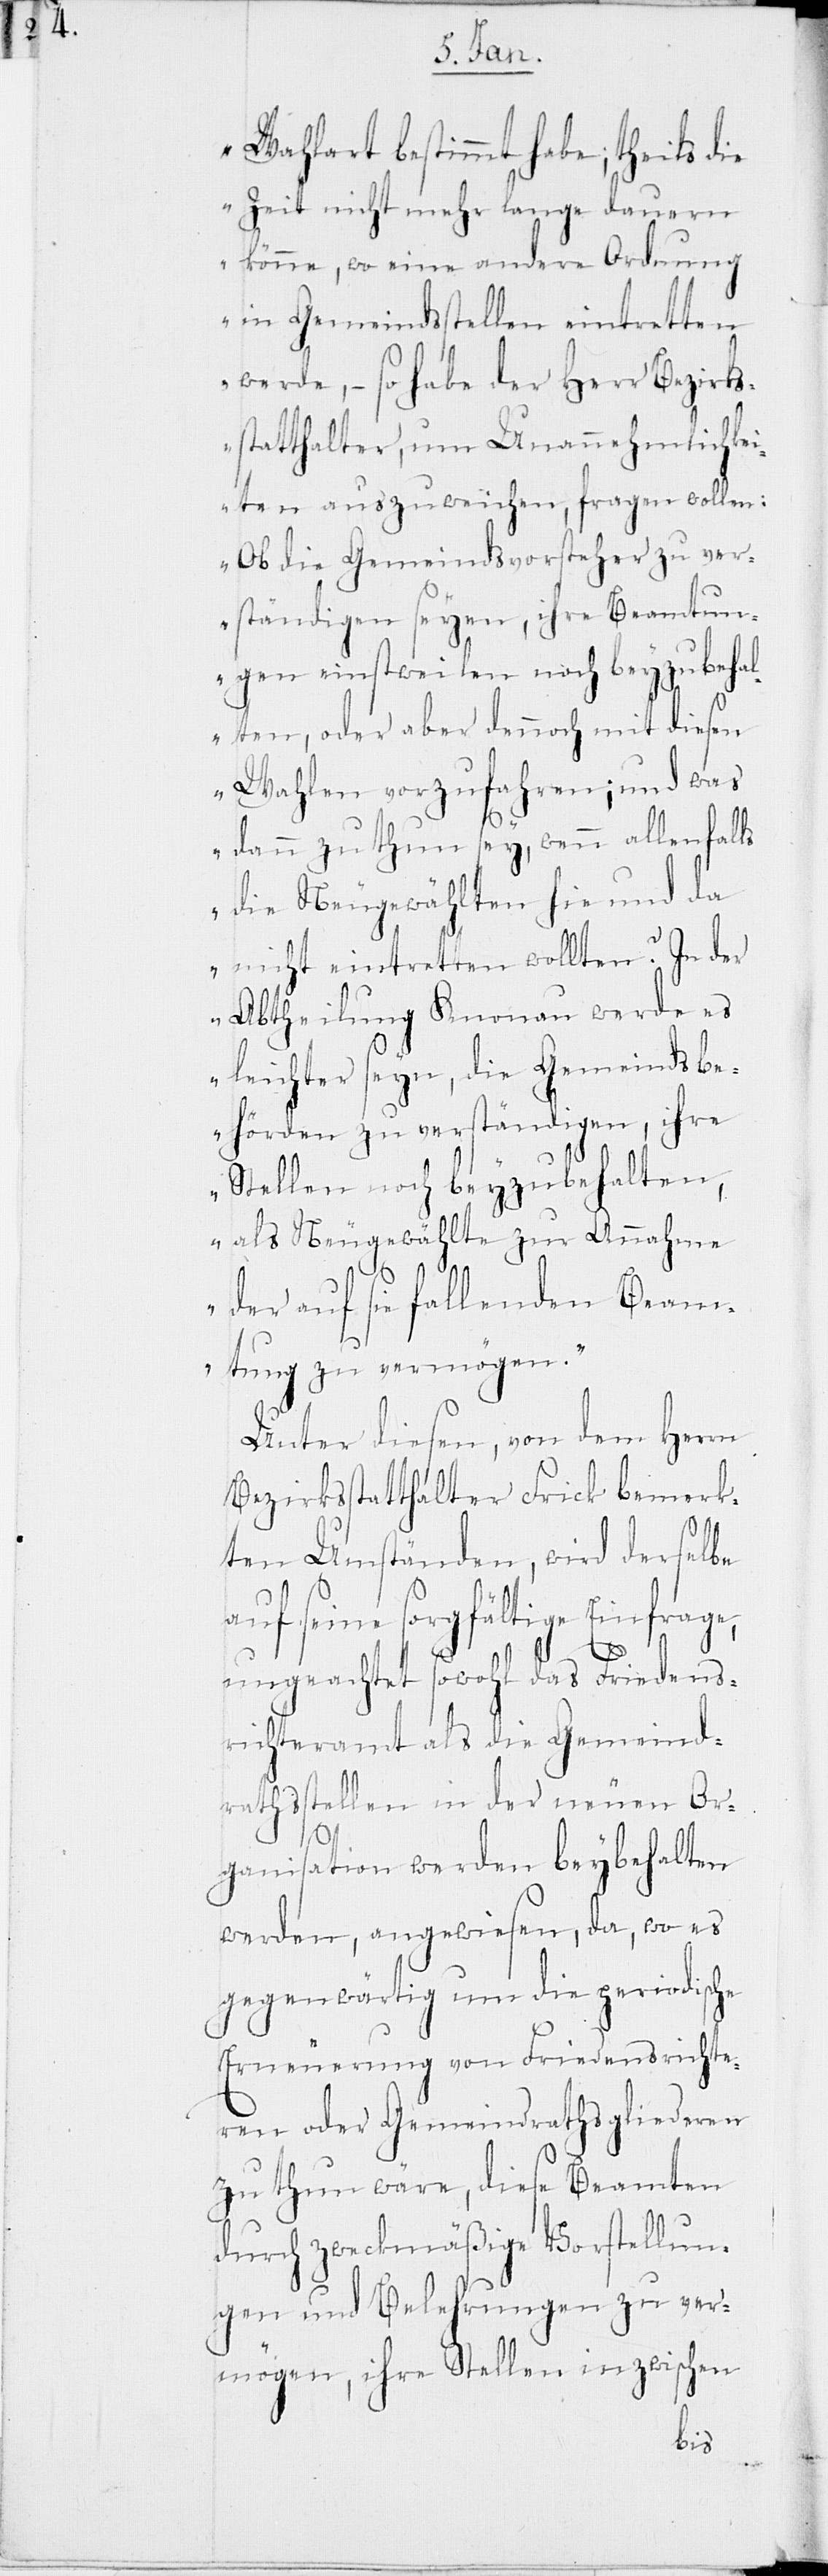
Wahlart bestimmt habe; theils die
Zeit nicht mehr lange dauern
könne, wo eine andere Ordnung
in Gemeindsstellen eintretten
werde, – so habe der Herr Bezirks¬
statthalter, um Unannehmlichkei¬
ten auszuweichen, fragen wollen:
Ob die Gemeindsvorsteher zu ver¬
ständigen seyen, ihre Beamtun¬
gen einstweilen noch beyzubehal¬
ten, oder aber dennoch mit diesen
Wahlen vorzufahren; und was
dann zu thun sey, wenn allenfalls
die Neugewählten hie und da
nicht eintretten wollten? In der
Abtheilung Knonau werde es
leichter seyn, die Gemeindsbe¬
hörden zu verständigen, ihre
Stellen noch beyzubehalten,
als Neugewählte zur Annahme
der auf sie fallenden Beam¬
tung zu vermögen.“
Unter diesen, von dem Herrn
Bezirksstatthalter Frick bemerk¬
ten Umständen, wird derselbe
auf seine sorgfältige Einfrage,
ungeachtet sowohl das Friedens¬
richteramt als die Gemeind¬
rathsstellen in der neuen Or¬
ganisation werden beybehalten
werden, angewiesen, da, wo es
gegenwärtig um die periodische
Erneuerung von Friedensrichte¬
ren oder Gemeindrathsgliederen
zu thun wäre, diese Beamten
durch zweckmäßige Vorstellun¬
gen und Belehrungen zu ver¬
mögen, ihre Stellen inzwischen